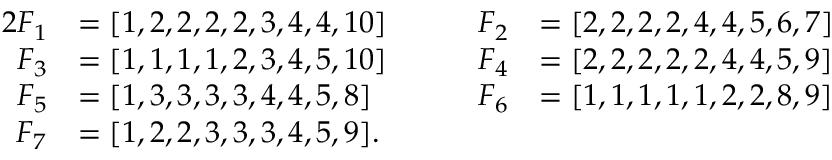
\begin{array} { r l r l } { 2 F _ { 1 } } & { = [ 1 , 2 , 2 , 2 , 2 , 3 , 4 , 4 , 1 0 ] \qquad } & { F _ { 2 } } & { = [ 2 , 2 , 2 , 2 , 4 , 4 , 5 , 6 , 7 ] } \\ { F _ { 3 } } & { = [ 1 , 1 , 1 , 1 , 2 , 3 , 4 , 5 , 1 0 ] \qquad } & { F _ { 4 } } & { = [ 2 , 2 , 2 , 2 , 2 , 4 , 4 , 5 , 9 ] } \\ { F _ { 5 } } & { = [ 1 , 3 , 3 , 3 , 3 , 4 , 4 , 5 , 8 ] \qquad } & { F _ { 6 } } & { = [ 1 , 1 , 1 , 1 , 1 , 2 , 2 , 8 , 9 ] } \\ { F _ { 7 } } & { = [ 1 , 2 , 2 , 3 , 3 , 3 , 4 , 5 , 9 ] . } \end{array}